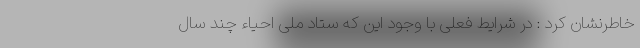
خاطرنشان کرد : در شرایط فعلی با وجود این که ستاد ملی احیاء چند سال